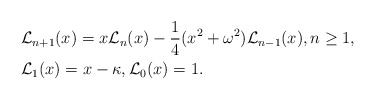
\begin{align*}&\mathcal{L}_{n+1}(x) = x\mathcal{L}_n(x)-\dfrac{1}{4} (x^2+\omega^2)\mathcal{L}_{n-1}(x), n\geq 1, \\& \mathcal{L}_{1}(x)=x-\kappa, \mathcal{L}_{0}(x)=1.\end{align*}